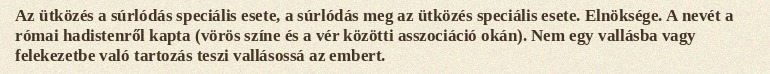
Az ütközés a súrlódás speciális esete, a súrlódás meg az ütközés speciális esete. Elnöksége. A nevét a római hadistenről kapta (vörös színe és a vér közötti asszociáció okán). Nem egy vallásba vagy felekezetbe való tartozás teszi vallásossá az embert.